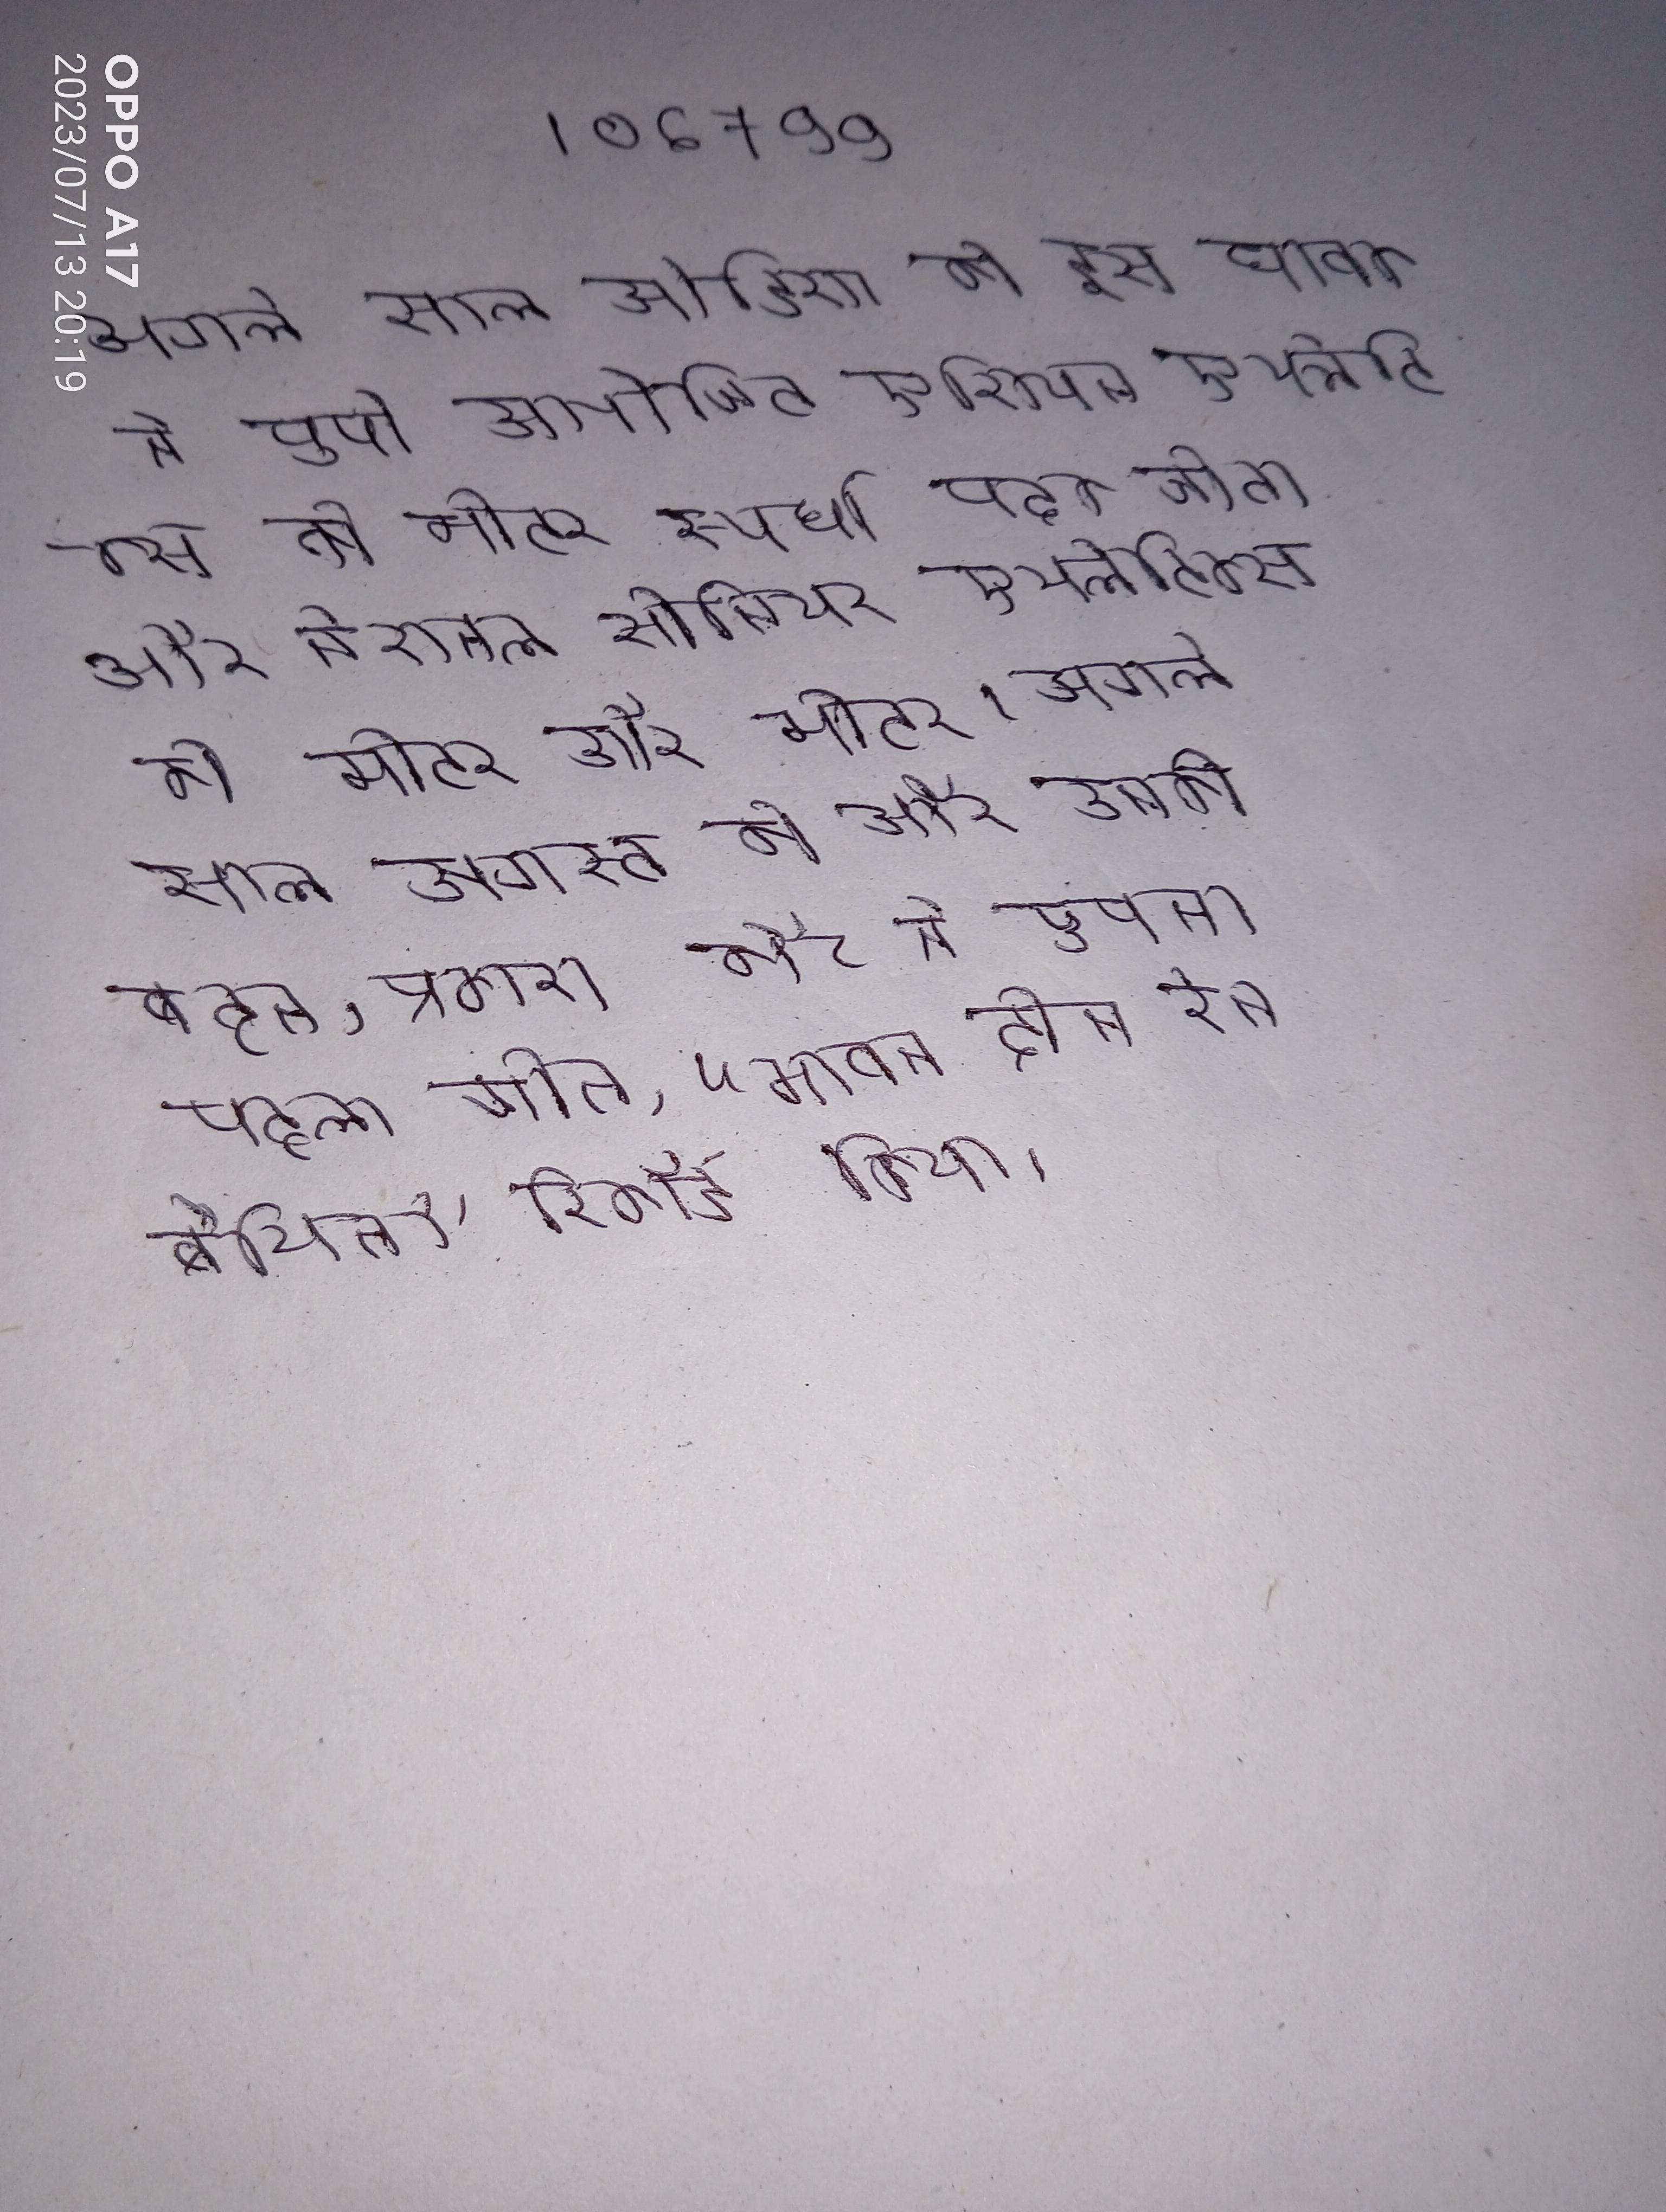
अगले साल ओडिशा की इस धावक ने पुणे आयोजित एशियन एथलेटिक्स की मीटर स्पर्धा पदक जीता और नैशनल सीनियर एथलेटिक्स की मीटर और मीटर । अगले साल अगस्त को और उनकी बहन, प्रकाश कौर ने अपना पहला गीत, "मावन ढीन रेन बैथियन" रिकॉर्ड किया ।